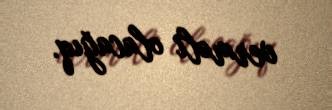
verməli olacağıq.